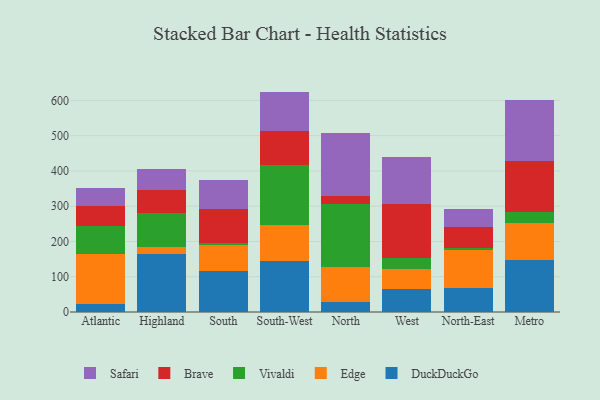
{"axis": {"x": "Region", "y": "Shipments"}, "legend": ["Brave", "DuckDuckGo", "Edge", "Safari", "Vivaldi"], "data": [{"x": "Atlantic", "y": 22.8, "type": "DuckDuckGo"}, {"x": "Atlantic", "y": 142.5, "type": "Edge"}, {"x": "Atlantic", "y": 78.9, "type": "Vivaldi"}, {"x": "Atlantic", "y": 55.9, "type": "Brave"}, {"x": "Atlantic", "y": 52.9, "type": "Safari"}, {"x": "Highland", "y": 165.1, "type": "DuckDuckGo"}, {"x": "Highland", "y": 20.6, "type": "Edge"}, {"x": "Highland", "y": 94.3, "type": "Vivaldi"}, {"x": "Highland", "y": 65.0, "type": "Brave"}, {"x": "Highland", "y": 59.7, "type": "Safari"}, {"x": "South", "y": 116.8, "type": "DuckDuckGo"}, {"x": "South", "y": 73.2, "type": "Edge"}, {"x": "South", "y": 6.3, "type": "Vivaldi"}, {"x": "South", "y": 95.8, "type": "Brave"}, {"x": "South", "y": 82.6, "type": "Safari"}, {"x": "South-West", "y": 145.0, "type": "DuckDuckGo"}, {"x": "South-West", "y": 100.9, "type": "Edge"}, {"x": "South-West", "y": 170.4, "type": "Vivaldi"}, {"x": "South-West", "y": 96.2, "type": "Brave"}, {"x": "South-West", "y": 112.4, "type": "Safari"}, {"x": "North", "y": 27.6, "type": "DuckDuckGo"}, {"x": "North", "y": 100.0, "type": "Edge"}, {"x": "North", "y": 179.5, "type": "Vivaldi"}, {"x": "North", "y": 23.1, "type": "Brave"}, {"x": "North", "y": 178.7, "type": "Safari"}, {"x": "West", "y": 65.4, "type": "DuckDuckGo"}, {"x": "West", "y": 55.5, "type": "Edge"}, {"x": "West", "y": 33.1, "type": "Vivaldi"}, {"x": "West", "y": 153.3, "type": "Brave"}, {"x": "West", "y": 132.1, "type": "Safari"}, {"x": "North-East", "y": 67.6, "type": "DuckDuckGo"}, {"x": "North-East", "y": 109.0, "type": "Edge"}, {"x": "North-East", "y": 5.3, "type": "Vivaldi"}, {"x": "North-East", "y": 59.9, "type": "Brave"}, {"x": "North-East", "y": 51.0, "type": "Safari"}, {"x": "Metro", "y": 146.5, "type": "DuckDuckGo"}, {"x": "Metro", "y": 106.0, "type": "Edge"}, {"x": "Metro", "y": 31.9, "type": "Vivaldi"}, {"x": "Metro", "y": 144.4, "type": "Brave"}, {"x": "Metro", "y": 173.1, "type": "Safari"}]}